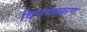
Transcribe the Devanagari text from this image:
विनयलक्षण